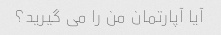
آیا آپارتمان من را می گیرید؟